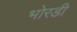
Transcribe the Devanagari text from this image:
भोरडी